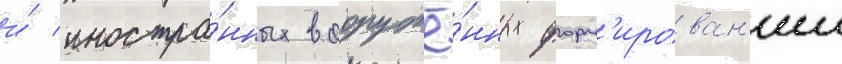
и́ иностра́нных вооружё́нных форм'ирован'ии